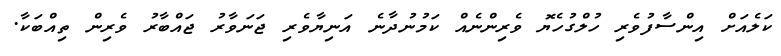
ކަލެއަށް އިންސާފުވެރި ހުލްގުހެޔޮ ވެރިންނެއް ކަމުނުދާނެ އަނިޔާވެރި ޖަނަވާރު ޖައްބާރު ވެރިން ތިއްބަކާ.